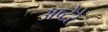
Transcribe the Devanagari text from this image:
अष्टेरे